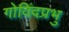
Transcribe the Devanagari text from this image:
गोविंदप्रभु